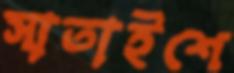
সাতাইশে